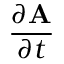
\frac { \partial \mathbf { A } } { \partial t }